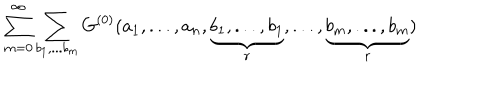
\sum _ { m = 0 } ^ { \infty } \sum _ { b _ { 1 } , . . . b _ { m } } { G } ^ { ( 0 ) } ( a _ { 1 } , . . . , a _ { n } , \underbrace { b _ { 1 } , . . . , b _ { 1 } } _ { r } , . . . , \underbrace { b _ { m } , . . . , b _ { m } } _ { r } )